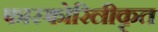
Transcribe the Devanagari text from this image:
फास्फोरिलीकृत